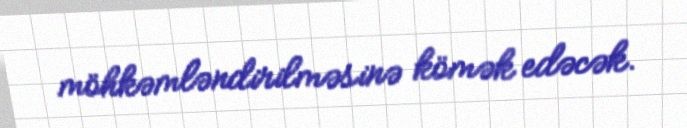
möhkəmləndirilməsinə kömək edəcək.